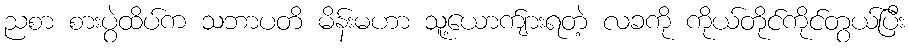
ညစာ စားပွဲထိပ်က သဘာပတိ မိန်းမဟာ သူ့ယောက်ျားရတဲ့ လခကို ကိုယ်တိုင်ကိုင်တွယ်ပြီး